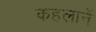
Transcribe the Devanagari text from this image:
कहलानें